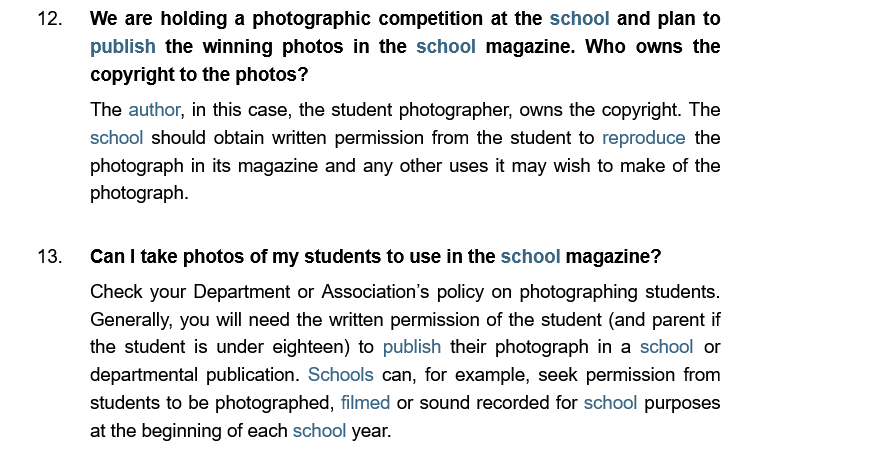
We are holding a photographic competition at the school and plan tc
     publish the winning photos in the school magazine. Who  owns the
     copyright to the photos?
     The author, in this case, the student photographer, owns the copyright. The
     school should obtain written permission from the student to reproduce the
     photograph in its magazine and any other uses it may wish to make of the
     photograph.
     Can | take photos of my students to use in the schoo! magazine?
     Check your Department or Association’s policy on photographing students.
     Generally, you will need the written permission of the student (and parent if
     the student is under eighteen) to publish their photograph in a school or
     departmental publication. Schools can, for example, seek permission from
     students to be photographed, filmed or sound recorded for schoo! purposes
     at the beginning of each school year.